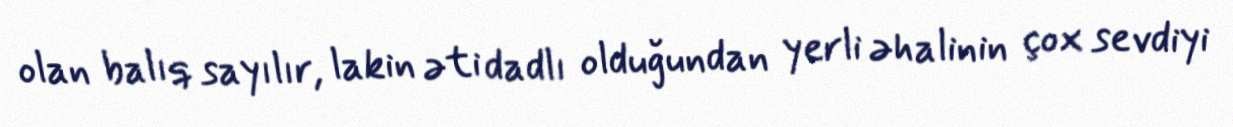
olan balıq sayılır, lakin əti dadlı olduğundan yerli əhalinin çox sevdiyi